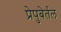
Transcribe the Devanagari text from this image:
प्रेपुबेर्तल